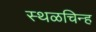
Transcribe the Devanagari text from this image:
स्थळचिन्ह